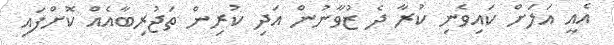
އެއީ އަލަށް ކައިވެނި ކުރާ ދެ ޒުވާނުން އަދި ކުރިން ތަޖުރިބާއެއް ކޮށްފައި